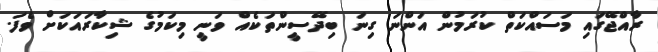
ރާއްޖޭގައި މަސައްކަތް ކުރަމުން އަންނަ ގިނަ ބިދޭސީންތަކެއް ވަނީ މިކަމުގެ ޝިކާރައަކަށް ވެފަ.